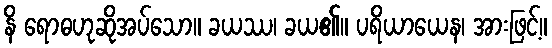
နိ ရောဓဟုဆိုအပ်သော။ ခယဿ၊ ခယ၏။ ပရိယာယေန၊ အားဖြင့်။